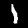
Label: 1